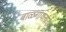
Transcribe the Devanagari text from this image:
बाळगायलाच